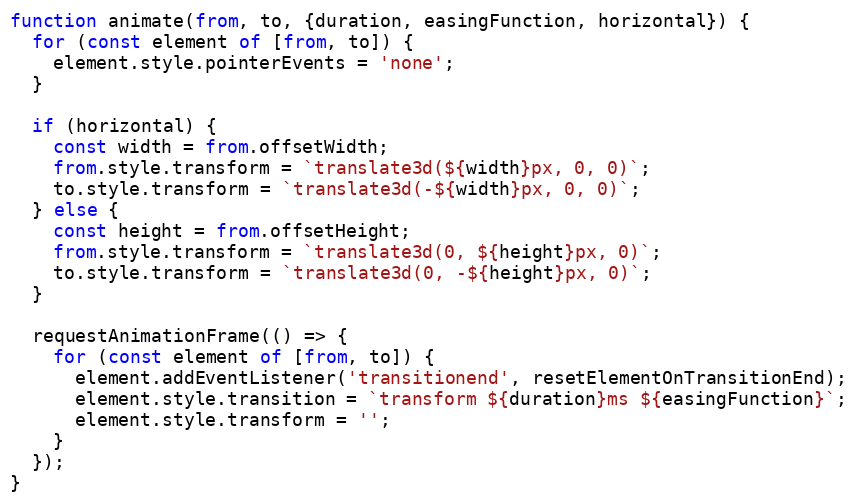
Language: JavaScript
function animate(from, to, {duration, easingFunction, horizontal}) {
  for (const element of [from, to]) {
    element.style.pointerEvents = 'none';
  }

  if (horizontal) {
    const width = from.offsetWidth;
    from.style.transform = `translate3d(${width}px, 0, 0)`;
    to.style.transform = `translate3d(-${width}px, 0, 0)`;
  } else {
    const height = from.offsetHeight;
    from.style.transform = `translate3d(0, ${height}px, 0)`;
    to.style.transform = `translate3d(0, -${height}px, 0)`;
  }

  requestAnimationFrame(() => {
    for (const element of [from, to]) {
      element.addEventListener('transitionend', resetElementOnTransitionEnd);
      element.style.transition = `transform ${duration}ms ${easingFunction}`;
      element.style.transform = '';
    }
  });
}